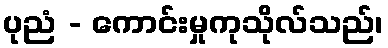
ပုညံ - ကောင်းမှုကုသိုလ်သည်၊